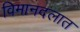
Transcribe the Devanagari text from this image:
विमानदलात